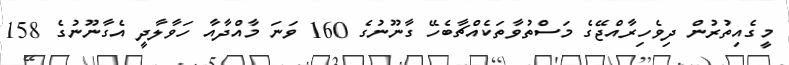
މީގެއިތުރުން ދިވެހިރާއްޖޭގެ މަސްތުވާތަކެއްޗާބެހޭ ގާނޫނުގެ 160 ވަނަ މާއްދާއާ ހަވާލާދީ އެގާނޫނުގެ 158